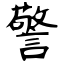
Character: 警